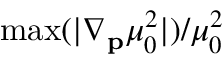
\operatorname* { m a x } ( | \nabla _ { \mathbf { p } } \mu _ { 0 } ^ { 2 } | ) / \mu _ { 0 } ^ { 2 }